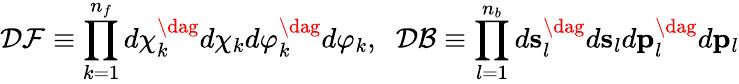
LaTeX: {\mathcal{D}}{\mathcal{F}}\equiv\prod_{k=1}^{n_{f}}d{\mathbf{\chi}}_{k}^{\dag}d{\mathbf{\chi}}_{k}d{\mathbf{\varphi}}_{k}^{\dag}d{\mathbf{\varphi}}_{k},\; \; {\mathcal{D}}{\mathcal{B}}\equiv\prod_{l=1}^{n_{b}}d{\mathbf{s}}_{l}^{\dag}d{\mathbf{s}}_{l}d{\mathbf{p}}_{l}^{\dag}d{\mathbf{p}}_{l}